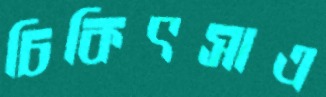
চিকিৎসাএ